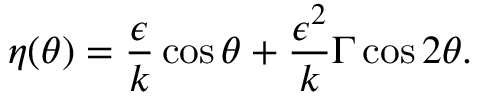
\eta ( \theta ) = \frac { \epsilon } { k } \cos \theta + \frac { \epsilon ^ { 2 } } { k } \Gamma \cos 2 \theta .